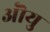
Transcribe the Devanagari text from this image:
ऒयु